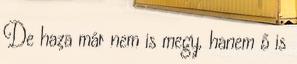
De haza már nem is megy, hanem ő is